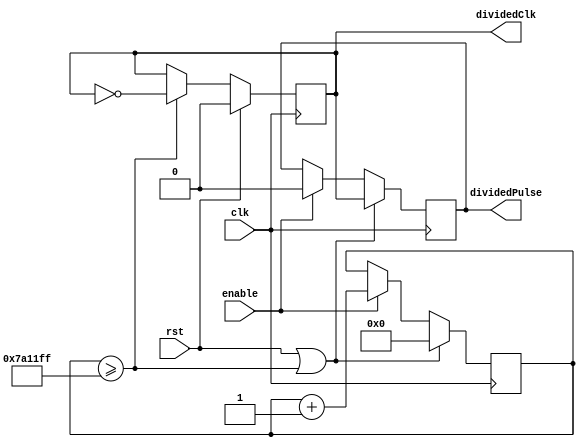
`default_nettype none

module clk_div_hz #(
	parameter integer FREQUENCY = 1
	)(
	input clk,
	input rst,
	input enable,
	output reg dividedClk = 0,
	output reg dividedPulse = 0
);	

	// calculate threshold value from frequency
	localparam CLK_FREQ = 32'd16_000_000;
	localparam THRESHOLD = CLK_FREQ / FREQUENCY / 2;
	
	reg [31:0] counter = 0;

	// accumulator counting up / resetting
	always @(posedge clk) begin
		if (rst || (counter >= THRESHOLD - 1)) begin
			counter <= 0;
			// give a pulse for one clock cycle only
			dividedPulse <= (1 & dividedClk);
		end
		else if (enable) begin
			counter <= counter + 1;
			dividedPulse <= 0;
		end
	end

	// generate divided down clock
	always @(posedge clk) begin
		if (rst) begin
			dividedClk <= 0;
		end
		else if (counter >= THRESHOLD - 1) begin
			dividedClk <= ~dividedClk;
		end
	end
endmodule